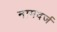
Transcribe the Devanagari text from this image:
नामदर्ज